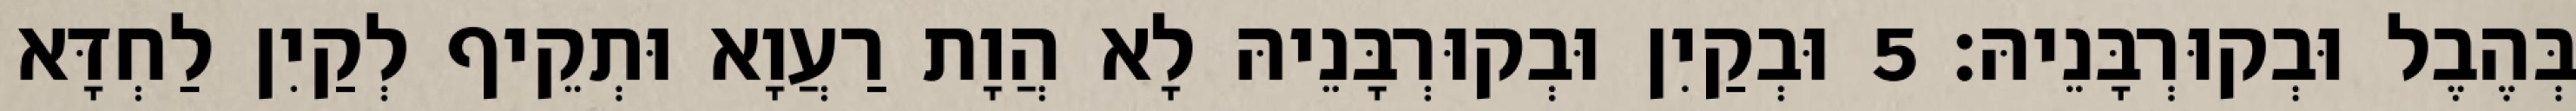
בְּהֶבֶל וּבְקוּרְבָּנֵיהּ׃ 5 וּבְקַיִן וּבְקוּרְבָּנֵיהּ לָא הֲוָת רַעֲוָא וּתְקֵיף לְקַיִן לַחְדָּא